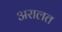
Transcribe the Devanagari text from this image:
अरालत